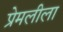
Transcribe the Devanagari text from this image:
प्रेमलीला